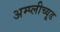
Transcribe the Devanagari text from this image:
अम्प्लीच्यूड